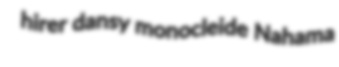
hirer dansy monocleide Nahama